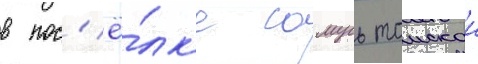
в пос'ё́лк'е самусь томскои